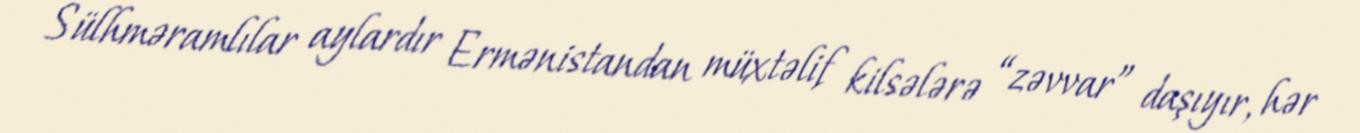
Sülhməramlılar aylardır Ermənistandan müxtəlif kilsələrə “zəvvar” daşıyır, hər